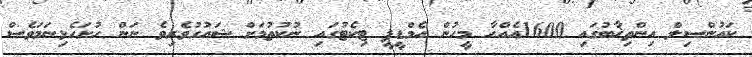
ކައުންސިލް އިންތިޚާބުގައި 1600އެއްހާ މީހުން އެމްޑީޕީ ޓިކެޓުގައި ނުކުތުމަށް ޝައުގުވެރިވެ ނަން ހުށަހެޅިނަމަވެސް